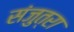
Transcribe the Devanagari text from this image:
संजुत्रा